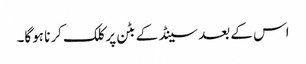
اس کے بعد سینڈ کے بٹن پر کلک کرنا ہوگا۔